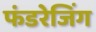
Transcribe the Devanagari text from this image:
फंडरेजिंग